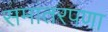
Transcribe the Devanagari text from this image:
समांतरपणा